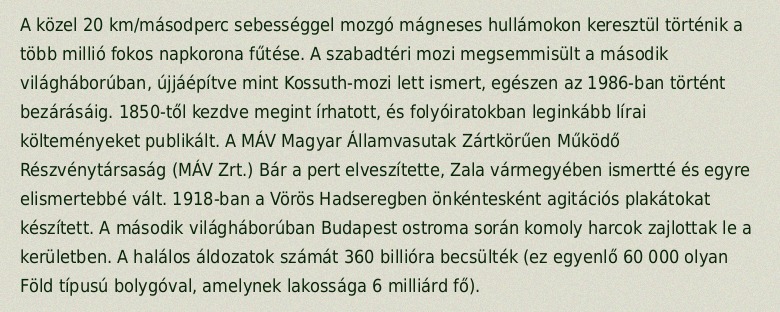
A közel 20 km/másodperc sebességgel mozgó mágneses hullámokon keresztül történik a több millió fokos napkorona fűtése. A szabadtéri mozi megsemmisült a második világháborúban, újjáépítve mint Kossuth-mozi lett ismert, egészen az 1986-ban történt bezárásáig. 1850-től kezdve megint írhatott, és folyóiratokban leginkább lírai költeményeket publikált. A MÁV Magyar Államvasutak Zártkörűen Működő Részvénytársaság (MÁV Zrt.) Bár a pert elveszítette, Zala vármegyében ismertté és egyre elismertebbé vált. 1918-ban a Vörös Hadseregben önkéntesként agitációs plakátokat készített. A második világháborúban Budapest ostroma során komoly harcok zajlottak le a kerületben. A halálos áldozatok számát 360 billióra becsülték (ez egyenlő 60 000 olyan Föld típusú bolygóval, amelynek lakossága 6 milliárd fő).